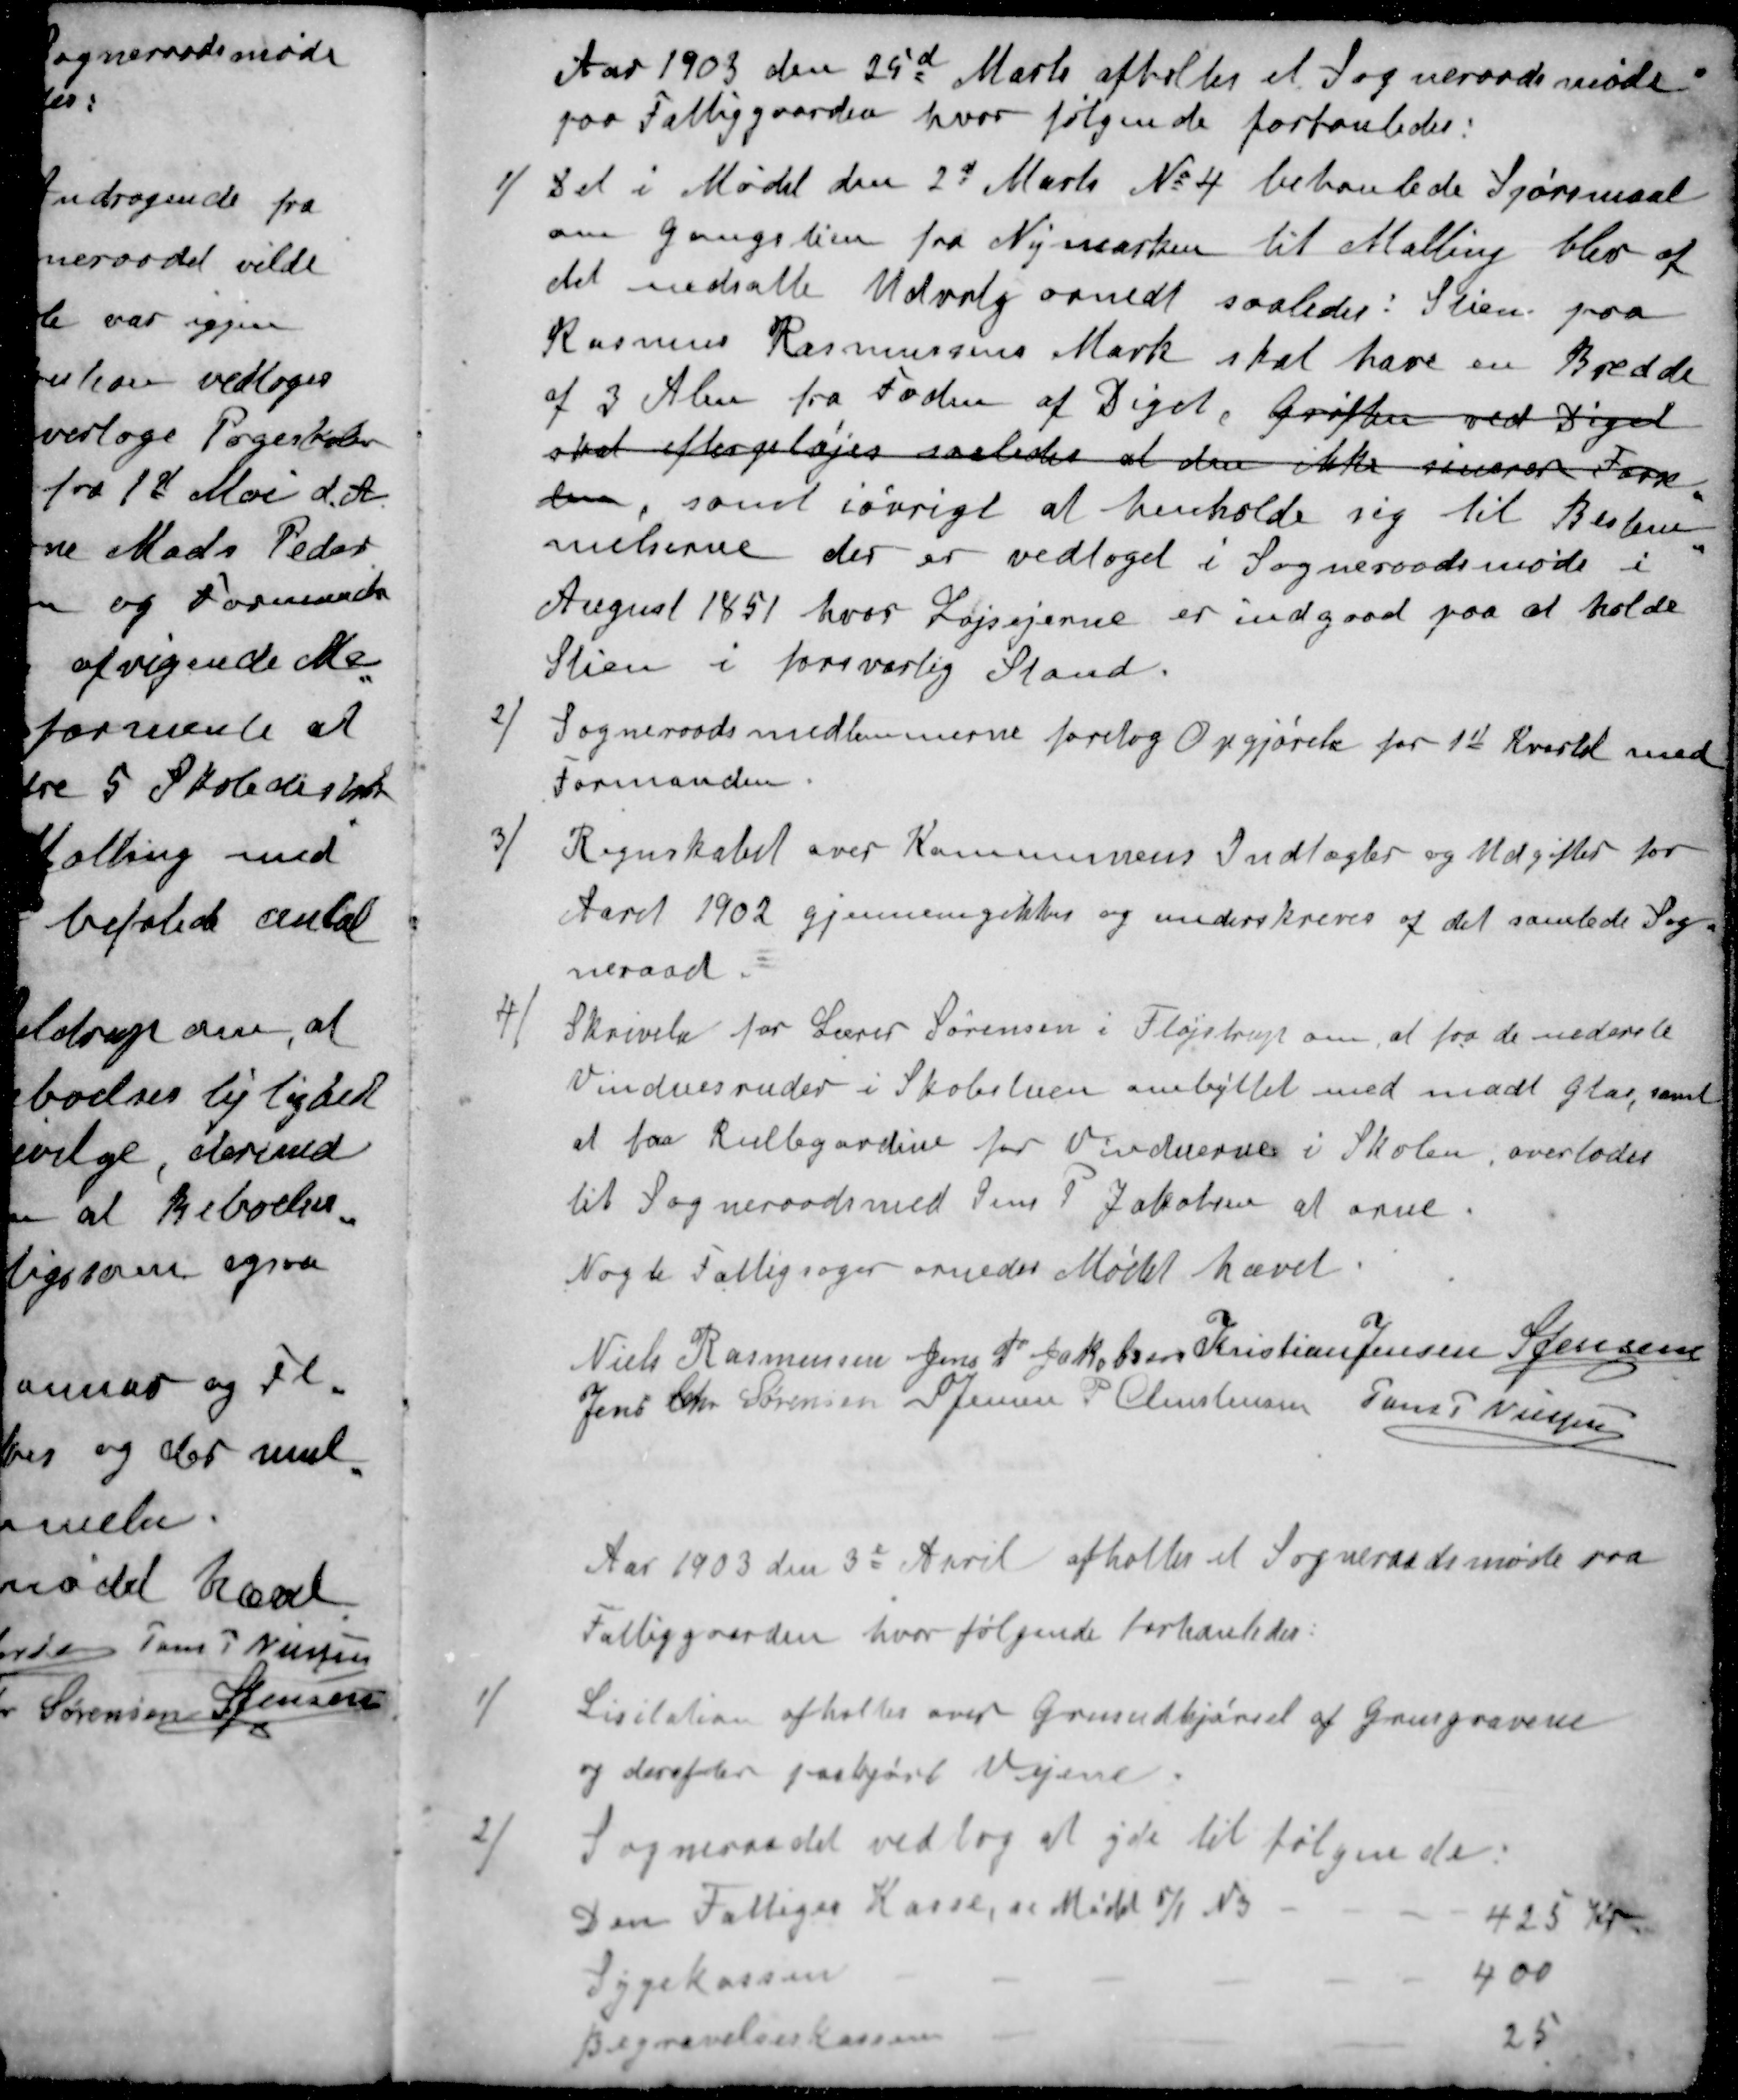
Transskription:
Aar 1903 den 25d Marts afholtes et Sogneraadsmøde
paa Fattiggaarden, hvor følgende forhanledes:
1) Det i Mødet den 2d Marts No 4 behanlede Spørgsmaal
om gangstien fra Nymarken til Malling blev af
det nedsatte Udvalg ornedt saaledes: Stien paa
Rasmus Rasmussens Mark skal have en Bredde
af 3 Alen fra Foden af Diget, Grøften ved Diget
skal efterpløjes saaledes at den ikke sinerer Forp
den, samt iøvrigt at henholde sig til Bestem-
melserne der er vedtoges i Sogneraadsmøde i
August 1851 hvor Lojsejerne er indgaaet paa at holde
Stien i forsvarlig Stand.
2 / Sogneraadsmedlemmerne foretog Opgjørelse for 1st Kvartal med
Formanden
3 / Regnskabet over Kommunens Indtægter og Udgifter for
Aaret 1902 gjennemgikkes og underskreves af det samlede Sog-
neraad
4 / Skrivelse for Lærer Sørensen i Fløjstrup om at faa de nederste
Vinduesruder i Skolestuen ombyttet med madt glas, samt
at faa Rullegardin for Vinduerne i Skolen, overlodes
til Sogneraadsmed Jens P. Jakobsen at orne.
Nogle Fattigsager ornedes Mødet hævet
Niels Rasmussen
Jens P Jakobsen
Kristian Jensen
S Jensen
Jens Chr Sørensen
S Jensen
P Christensen
Jens P Nielsen
Aar 1903 den 3e April afholtes et Sogneraadsmøde paa
Fattiggaarden hvor følgende forhanledes:
Licitation afholdes over Grusudkjørsel af Grusgravene
og derefter paakjørt Vejene.
2 / Sogneraadet vedtog at yde til følgende
Den Fattiges Kasse, se Mødet 5/1 No
425 Kr
Sygekassen
400
Begravelseskassen
25